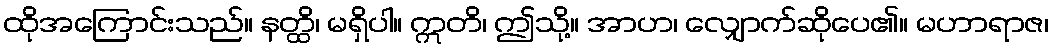
ထိုအကြောင်းသည်။ နတ္ထိ၊ မရှိပါ။ ဣတိ၊ ဤသို့။ အာဟ၊ လျှောက်ဆိုပေ၏။ မဟာရာဇ၊